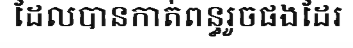
ដែលបានកាត់ពន្ធរួចផងដែរ